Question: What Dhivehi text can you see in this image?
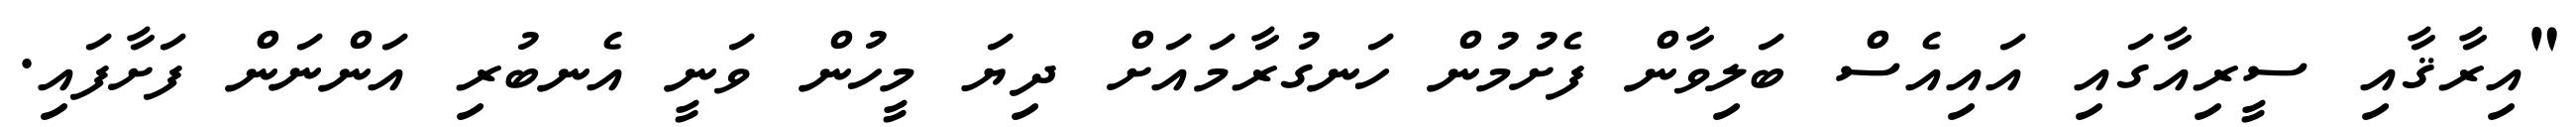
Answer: "އިރާޤާއި ސީރިއާގައި އައިއެސް ބަލިވާން ފެށުމުން ހަނގުރާމައަށް ދިޔަ މީހުން ވަނީ އެނބުރި އަންނަން ފަށާފައި.